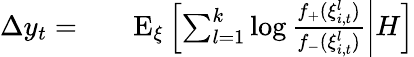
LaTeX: \begin{array}{rl}{\Delta y_{t}=}&{{}\quad\mathrm{E}_{\xi}\left[\left.\sum_{l=1}^{k}\log\frac{f_{+}(\xi_{i,t}^{l})}{f_{-}(\xi_{i,t}^{l})}\right|H\right]}\end{array}